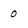
Character: 0